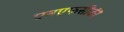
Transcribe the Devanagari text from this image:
एनएफसीकी